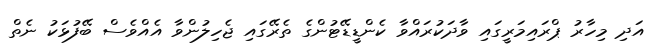
އަދި މިހާރު ޕްރައިމަރީގައި ވާދަކުރައްވާ ކެންޑީޑޭޓުންގެ ތެރޭގައި ޖެހިލުންވާ އެއްވެސް ބޭފުޅަކު ނެތް